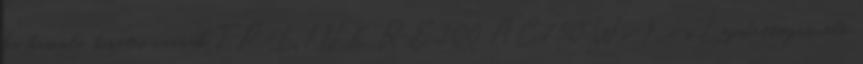
ha hasonló tünetei vannak TP-LINK RE200 AC750 Wi-Fi-s Lefedettségnövelő